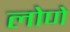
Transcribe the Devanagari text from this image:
लोणे